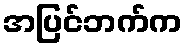
အပြင်ဘက်က